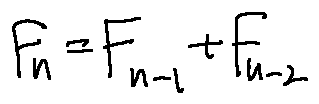
F _ { n } = F _ { n - 1 } + F _ { n - 2 }